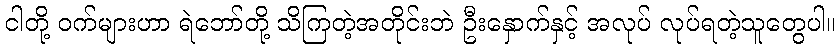
ငါတို့ ဝက်များဟာ ရဲဘော်တို့ သိကြတဲ့အတိုင်းဘဲ ဦးနှောက်နှင့် အလုပ် လုပ်ရတဲ့သူတွေပါ။